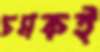
চমকই